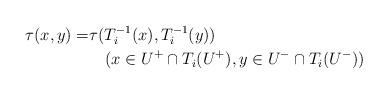
LaTeX: \begin{align*}\tau(x,y)=&\tau(T_i^{-1}(x),T_i^{-1}(y))\\&\quad(x\in U^+\cap T_i(U^+), y\in U^-\cap T_i(U^-))\end{align*}